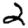
Digit: 2